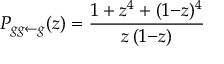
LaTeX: P _ { g g \leftarrow g } ( z ) = \frac { 1 + z ^ { 4 } + ( 1 { - } z ) ^ { 4 } } { z \, ( 1 { - } z ) }